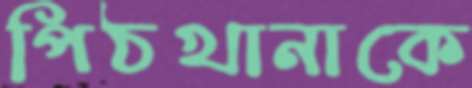
পিঠখানাকে